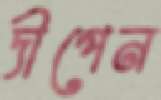
দীপেন